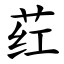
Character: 荭